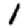
Digit: 1